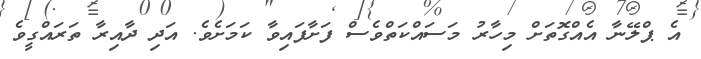
އެ ޕްލޭނާ އެއްގޮތަށް މިހާރު މަސައްކަތްވެސް ފަށާފައިވާ ކަމަށެވެ. އަދި ދާއިރާ ތަރައްގީވެ